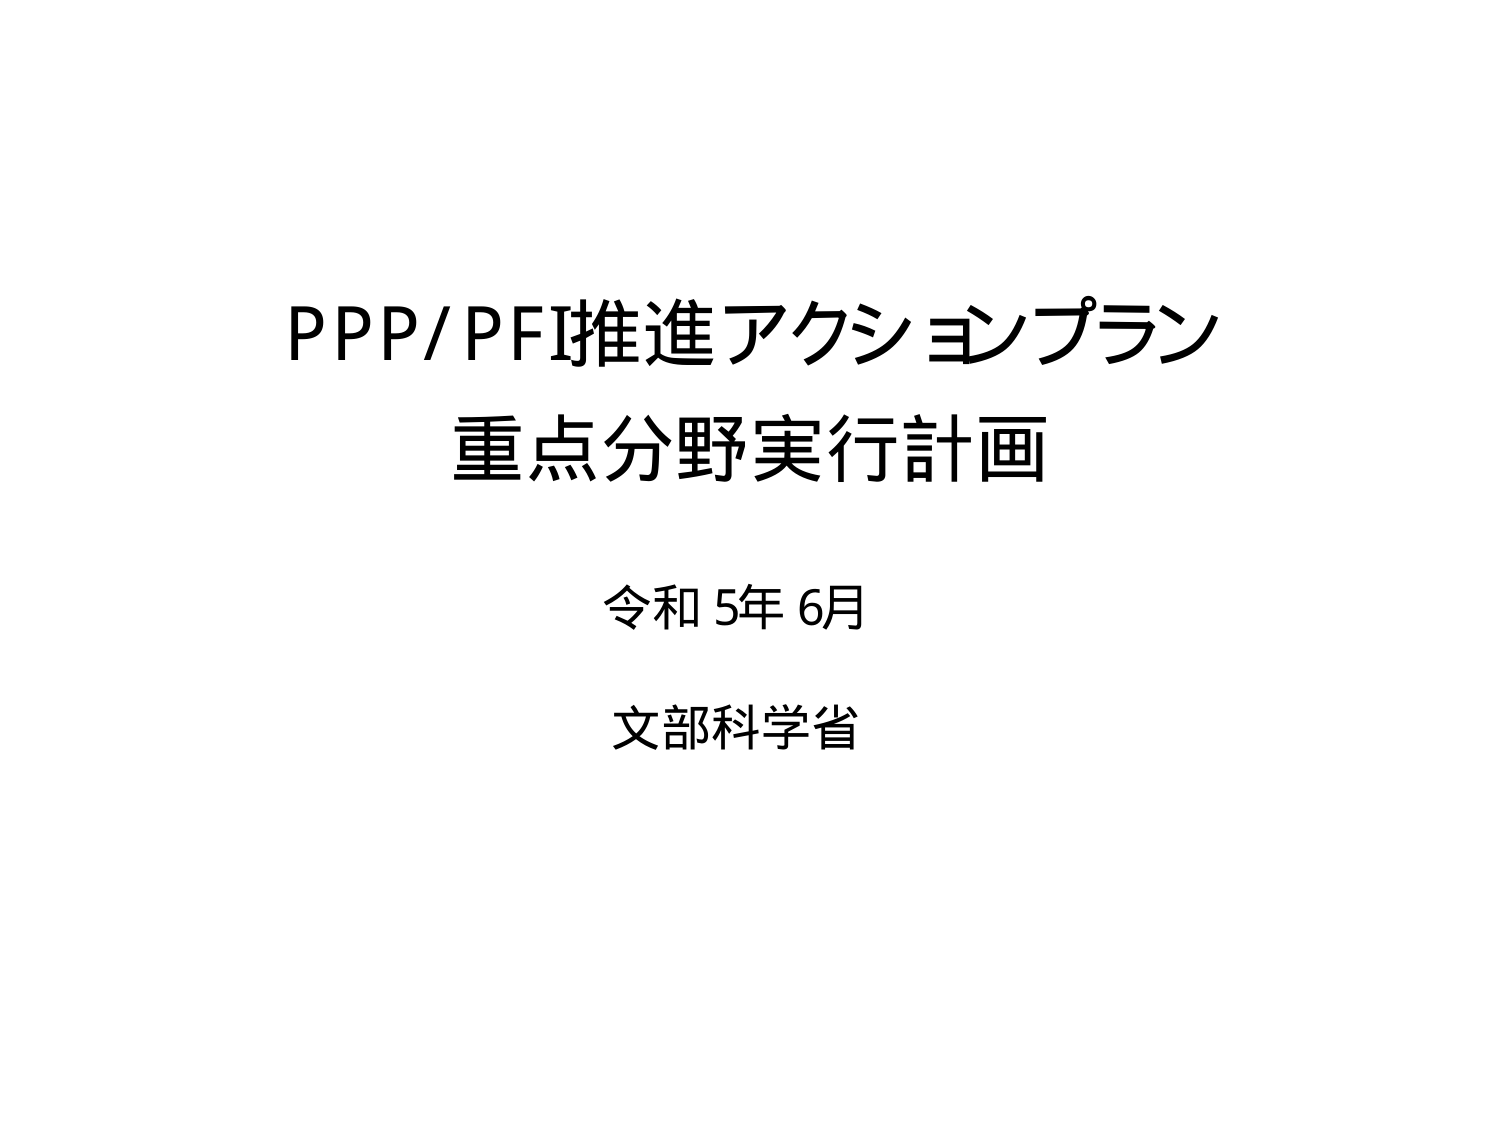
PPP/PFI推進アクションプラン
重点分野実行計画

令和5年6月
文部科学省